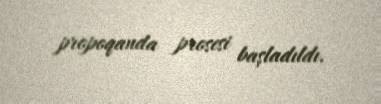
propoqanda prosesi başladıldı.